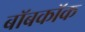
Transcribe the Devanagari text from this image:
बॉबकॉक